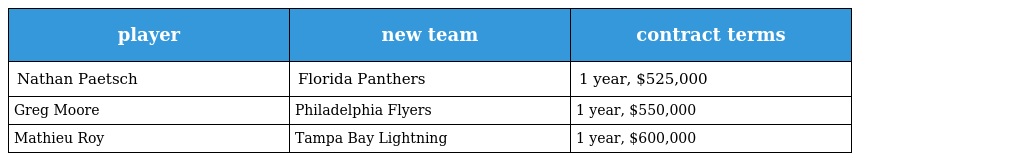
| player | new team | contract terms |
 | --- | --- | --- |
 | Nathan Paetsch | Florida Panthers | 1 year, $525,000 |
 | Greg Moore | Philadelphia Flyers | 1 year, $550,000 |
 | Mathieu Roy | Tampa Bay Lightning | 1 year, $600,000 |